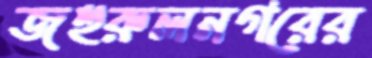
জহুরুলনগরের